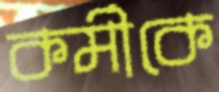
কর্মীকে